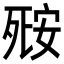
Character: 𬆘